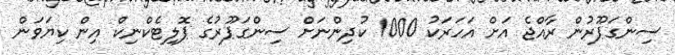
ސިންގަޕޫރުން ރާއްޖެ އަށް އަހަރަކު 1000 ކުދިންނަށް ސިންގަޕޫރުގެ ޕޮލިޓެކްނިކް އިން ކިޔަވަން